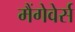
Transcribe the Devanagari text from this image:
मैंगेवेर्स